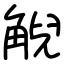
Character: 觬